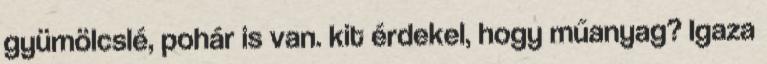
gyümölcslé, pohár is van. kit érdekel, hogy műanyag? Igaza